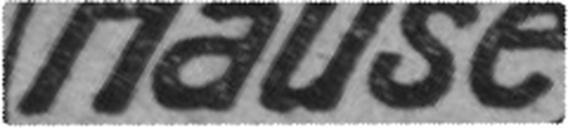
Hause